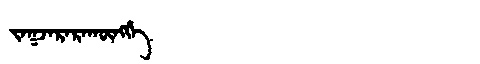
Manchu: ᠵᠠᡴᠵᠠᡵᠠᡵᠠᡴᡡᠩᡤᡝ
Romanization: JAKJARARAKŪNGGE